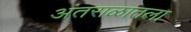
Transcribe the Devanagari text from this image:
अंतराळातला